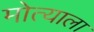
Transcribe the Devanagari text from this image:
मोत्याला